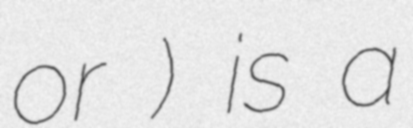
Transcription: or みつはのめのかみ) is a